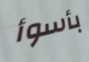
بأسوأ